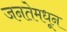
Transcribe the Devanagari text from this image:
जनतेमधून